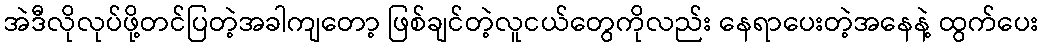
အဲဒီလိုလုပ်ဖို့တင်ပြတဲ့အခါကျတော့ ဖြစ်ချင်တဲ့လူငယ်တွေကိုလည်း နေရာပေးတဲ့အနေနဲ့ ထွက်ပေး